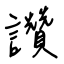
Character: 讚